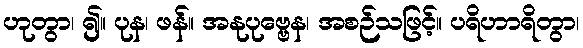
ဟုတွာ၊ ၍။ ပုန၊ ဖန်။ အနုပုဗ္ဗေန၊ အစဉ်သဖြင့်။ ပရိဟာရိတွာ၊